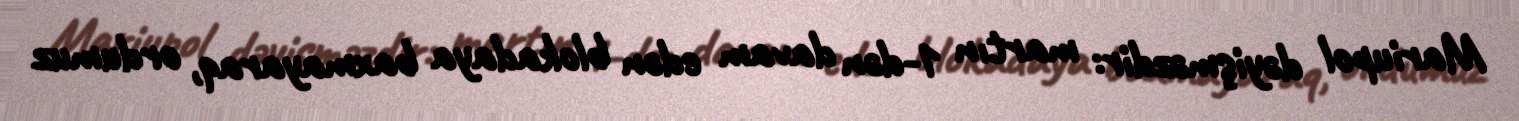
Mariupol dəyişməzdir: martın 1-dən davam edən blokadaya baxmayaraq, ordumuz